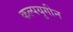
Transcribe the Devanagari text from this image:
कल्पयुगीन